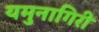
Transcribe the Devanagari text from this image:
यमुनागिरी